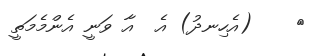
٧    (އެހިނދު) އެ  އާ ވަނީ އެންމެމަތީ